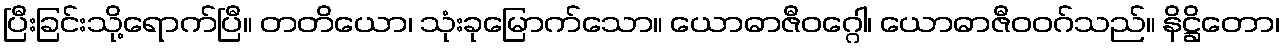
ပြီးခြင်းသို့ရောက်ပြီ။ တတိယော၊ သုံးခုမြောက်သော။ ယောဓာဇီဝဂ္ဂေါ၊ ယောဓာဇီဝဝဂ်သည်။ နိဋ္ဌိတော၊